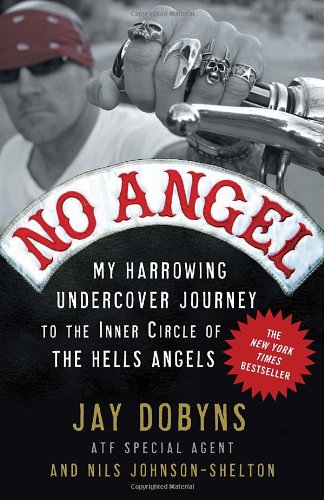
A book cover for No Angel: My Harrowing Undercover Journey to the Inner Circle of the Hells Angels; Jay Dobyns; Biographies & Memoirs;